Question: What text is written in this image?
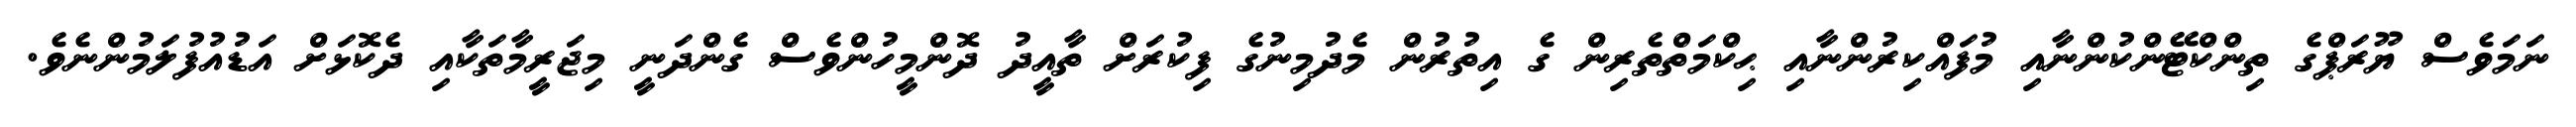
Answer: ނަމަވެސް ޔޫރަޕްގެ ތިންކްޓޭންކުންނާއި މުފައްކިރުންނާއި ޙިކްމަތްތެރިން ގެ އިތުރުން މެދުމިނުގެ ފިކުރަށް ތާއީދު ދޮންމީހުންވެސް ގެންދަނީ މިޖަރީމާތަކާއި ދެކޮޅަށް އަޑުއުފުލަމުންނެވެ.